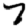
Digit: 7